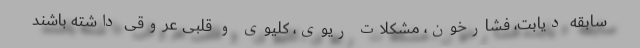
سابقه دیابت، فشارخون، مشکلات ریوی، کلیوی و قلبی عروقی داشته باشند